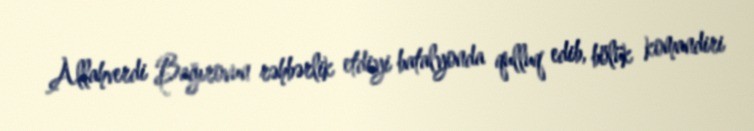
Allahverdi Bağırovun rəhbərlik etdiyi batalyonda qulluq edib, bölük komandiri